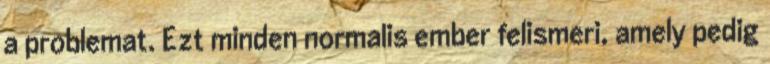
a problemat. Ezt minden normalis ember felismeri, amely pedig